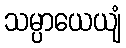
သမ္ပာယေယျံ